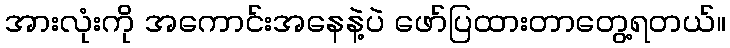
အားလုံးကို အကောင်းအနေနဲ့ပဲ ဖော်ပြထားတာတွေ့ရတယ်။